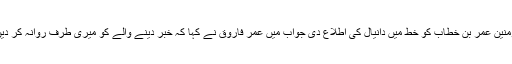
بعد میں ابو موسیٰ اشعری نے امیر المؤمنین عمر بن خطاب کو خط میں دانیال کی اطلاع دی جواب میں عمرِ فاروق نے کہا کہ خبر دینے والے کو میری طرف روانہ کر دیں اور دانیال علیہ السلام کو دفن کر دیں۔